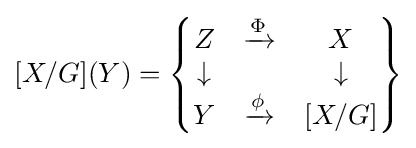
[X/G](Y)={\begin{Bmatrix}Z&{\xrightarrow {\Phi }}&X\\\downarrow &&\downarrow \\Y&{\xrightarrow {\phi }}&[X/G]\end{Bmatrix}}